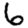
Digit: 6